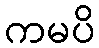
ကမပိ